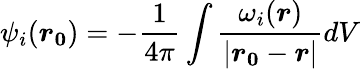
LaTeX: \psi_{i}(\boldsymbol{r_{0}})=-\frac{1}{4\pi}\int\frac{\omega_{i}(\boldsymbol{r})}{|\boldsymbol{r_{0}}-\boldsymbol{r}|}dV